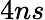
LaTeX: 4ns